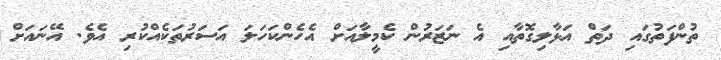
ތުންފަތުގައި ދަތް އަޅާލިގޮތާއި އެ ނަޒަރުން ކެމީލާއަށް އެހެންކަހަލަ އަސަރުތަކެއްކުރި އެވެ. އޭނައަށް